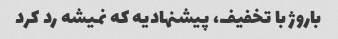
باروژ با تخفیف، پیشنهادیه که نمیشه رد کرد